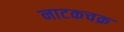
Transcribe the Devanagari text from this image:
नाटकचक्र